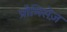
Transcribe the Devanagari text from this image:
प्रोमिसेज़